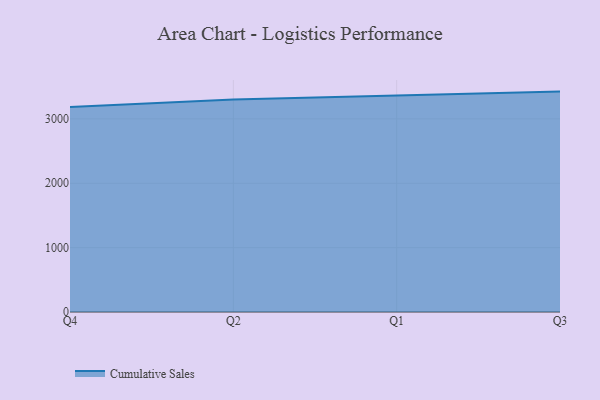
{"axis": {"x": "Quarter", "y": "Customer Acquisition Cost (USD)"}, "legend": ["Cumulative Sales"], "data": [{"x": "Q4", "y": 3183.8, "type": "Cumulative Sales"}, {"x": "Q2", "y": 3299.5, "type": "Cumulative Sales"}, {"x": "Q1", "y": 3364.1, "type": "Cumulative Sales"}, {"x": "Q3", "y": 3424.0, "type": "Cumulative Sales"}]}